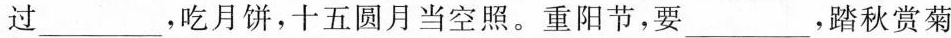
过___，吃月饼，十五圆月当空照。重阳节，要___，踏秋赏菊去登高